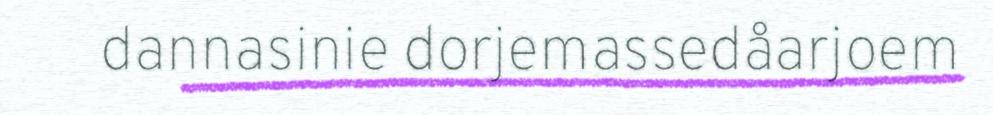
dannasinie dorjemassedåarjoem